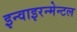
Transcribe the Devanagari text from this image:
इन्वाइरन्मेन्टल